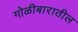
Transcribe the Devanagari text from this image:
गोळीबारातील